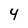
Character: 4